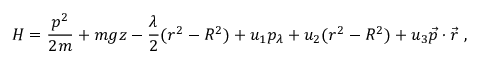
H = { \frac { p ^ { 2 } } { 2 m } } + m g z - { \frac { \lambda } { 2 } } ( r ^ { 2 } - R ^ { 2 } ) + u _ { 1 } p _ { \lambda } + u _ { 2 } ( r ^ { 2 } - R ^ { 2 } ) + u _ { 3 } { \vec { p } } \cdot { \vec { r } } ~ ,